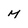
Character: M